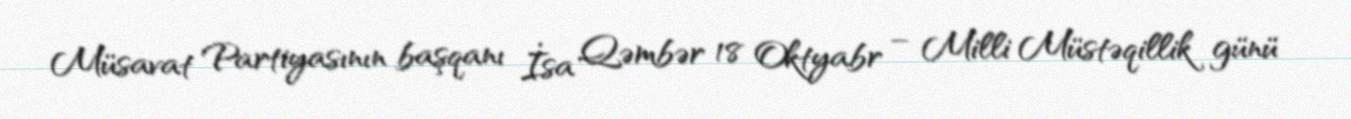
Müsavat Partiyasının başqanı İsa Qəmbər 18 Oktyabr – Milli Müstəqillik günü